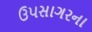
ઉપસાગરના